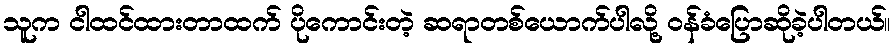
သူက ငါထင်ထားတာထက် ပိုကောင်းတဲ့ ဆရာတစ်ယောက်ပါလို့ ဝန်ခံပြောဆိုခဲ့ပါတယ်။